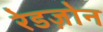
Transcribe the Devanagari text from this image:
रेडज़ोन